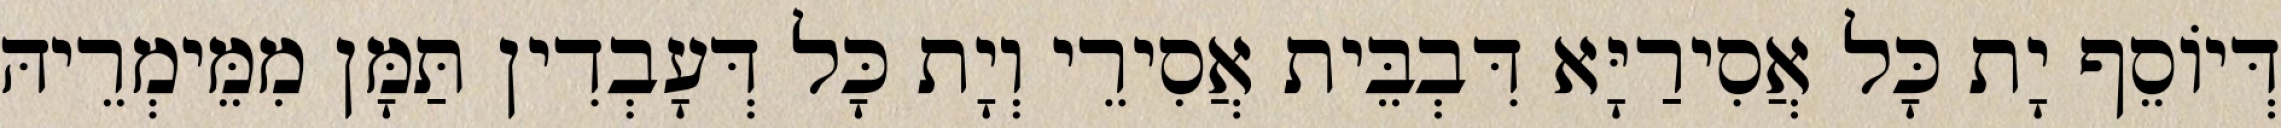
דְּיוֹסֵף יָת כָּל אֲסִירַיָּא דִּבְבֵּית אֲסִירֵי וְיָת כָּל דְּעָבְדִין תַּמָּן מִמֵּימְרֵיהּ